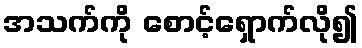
အသက်ကို စောင့်ရှောက်လို၍